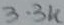
Text: 3.3K